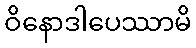
ဝိနောဒါပေဿာမိ